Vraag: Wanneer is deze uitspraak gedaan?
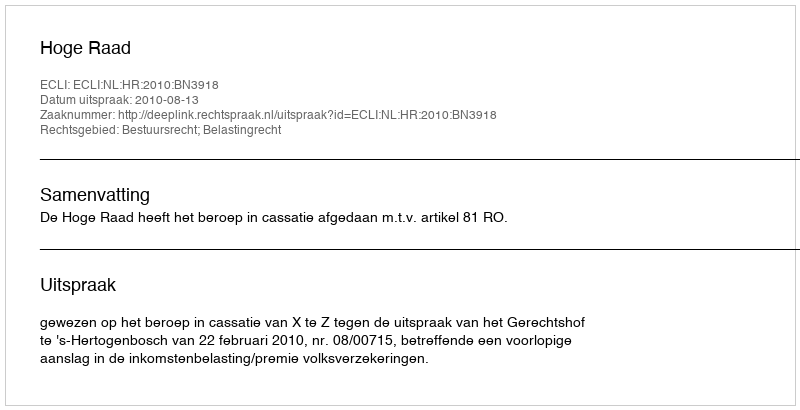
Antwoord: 2010-08-13